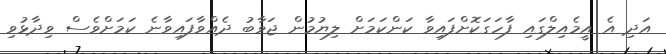
އަދި އެ އީމެއިލްގައި ފާހަގަކޮށްފައިވާ ކަންކަމަށް ލިޔުމުން ޖަވާބު ދެއްވާފައިވާނެ ކަމަށްވެސް ވިދާޅުވި